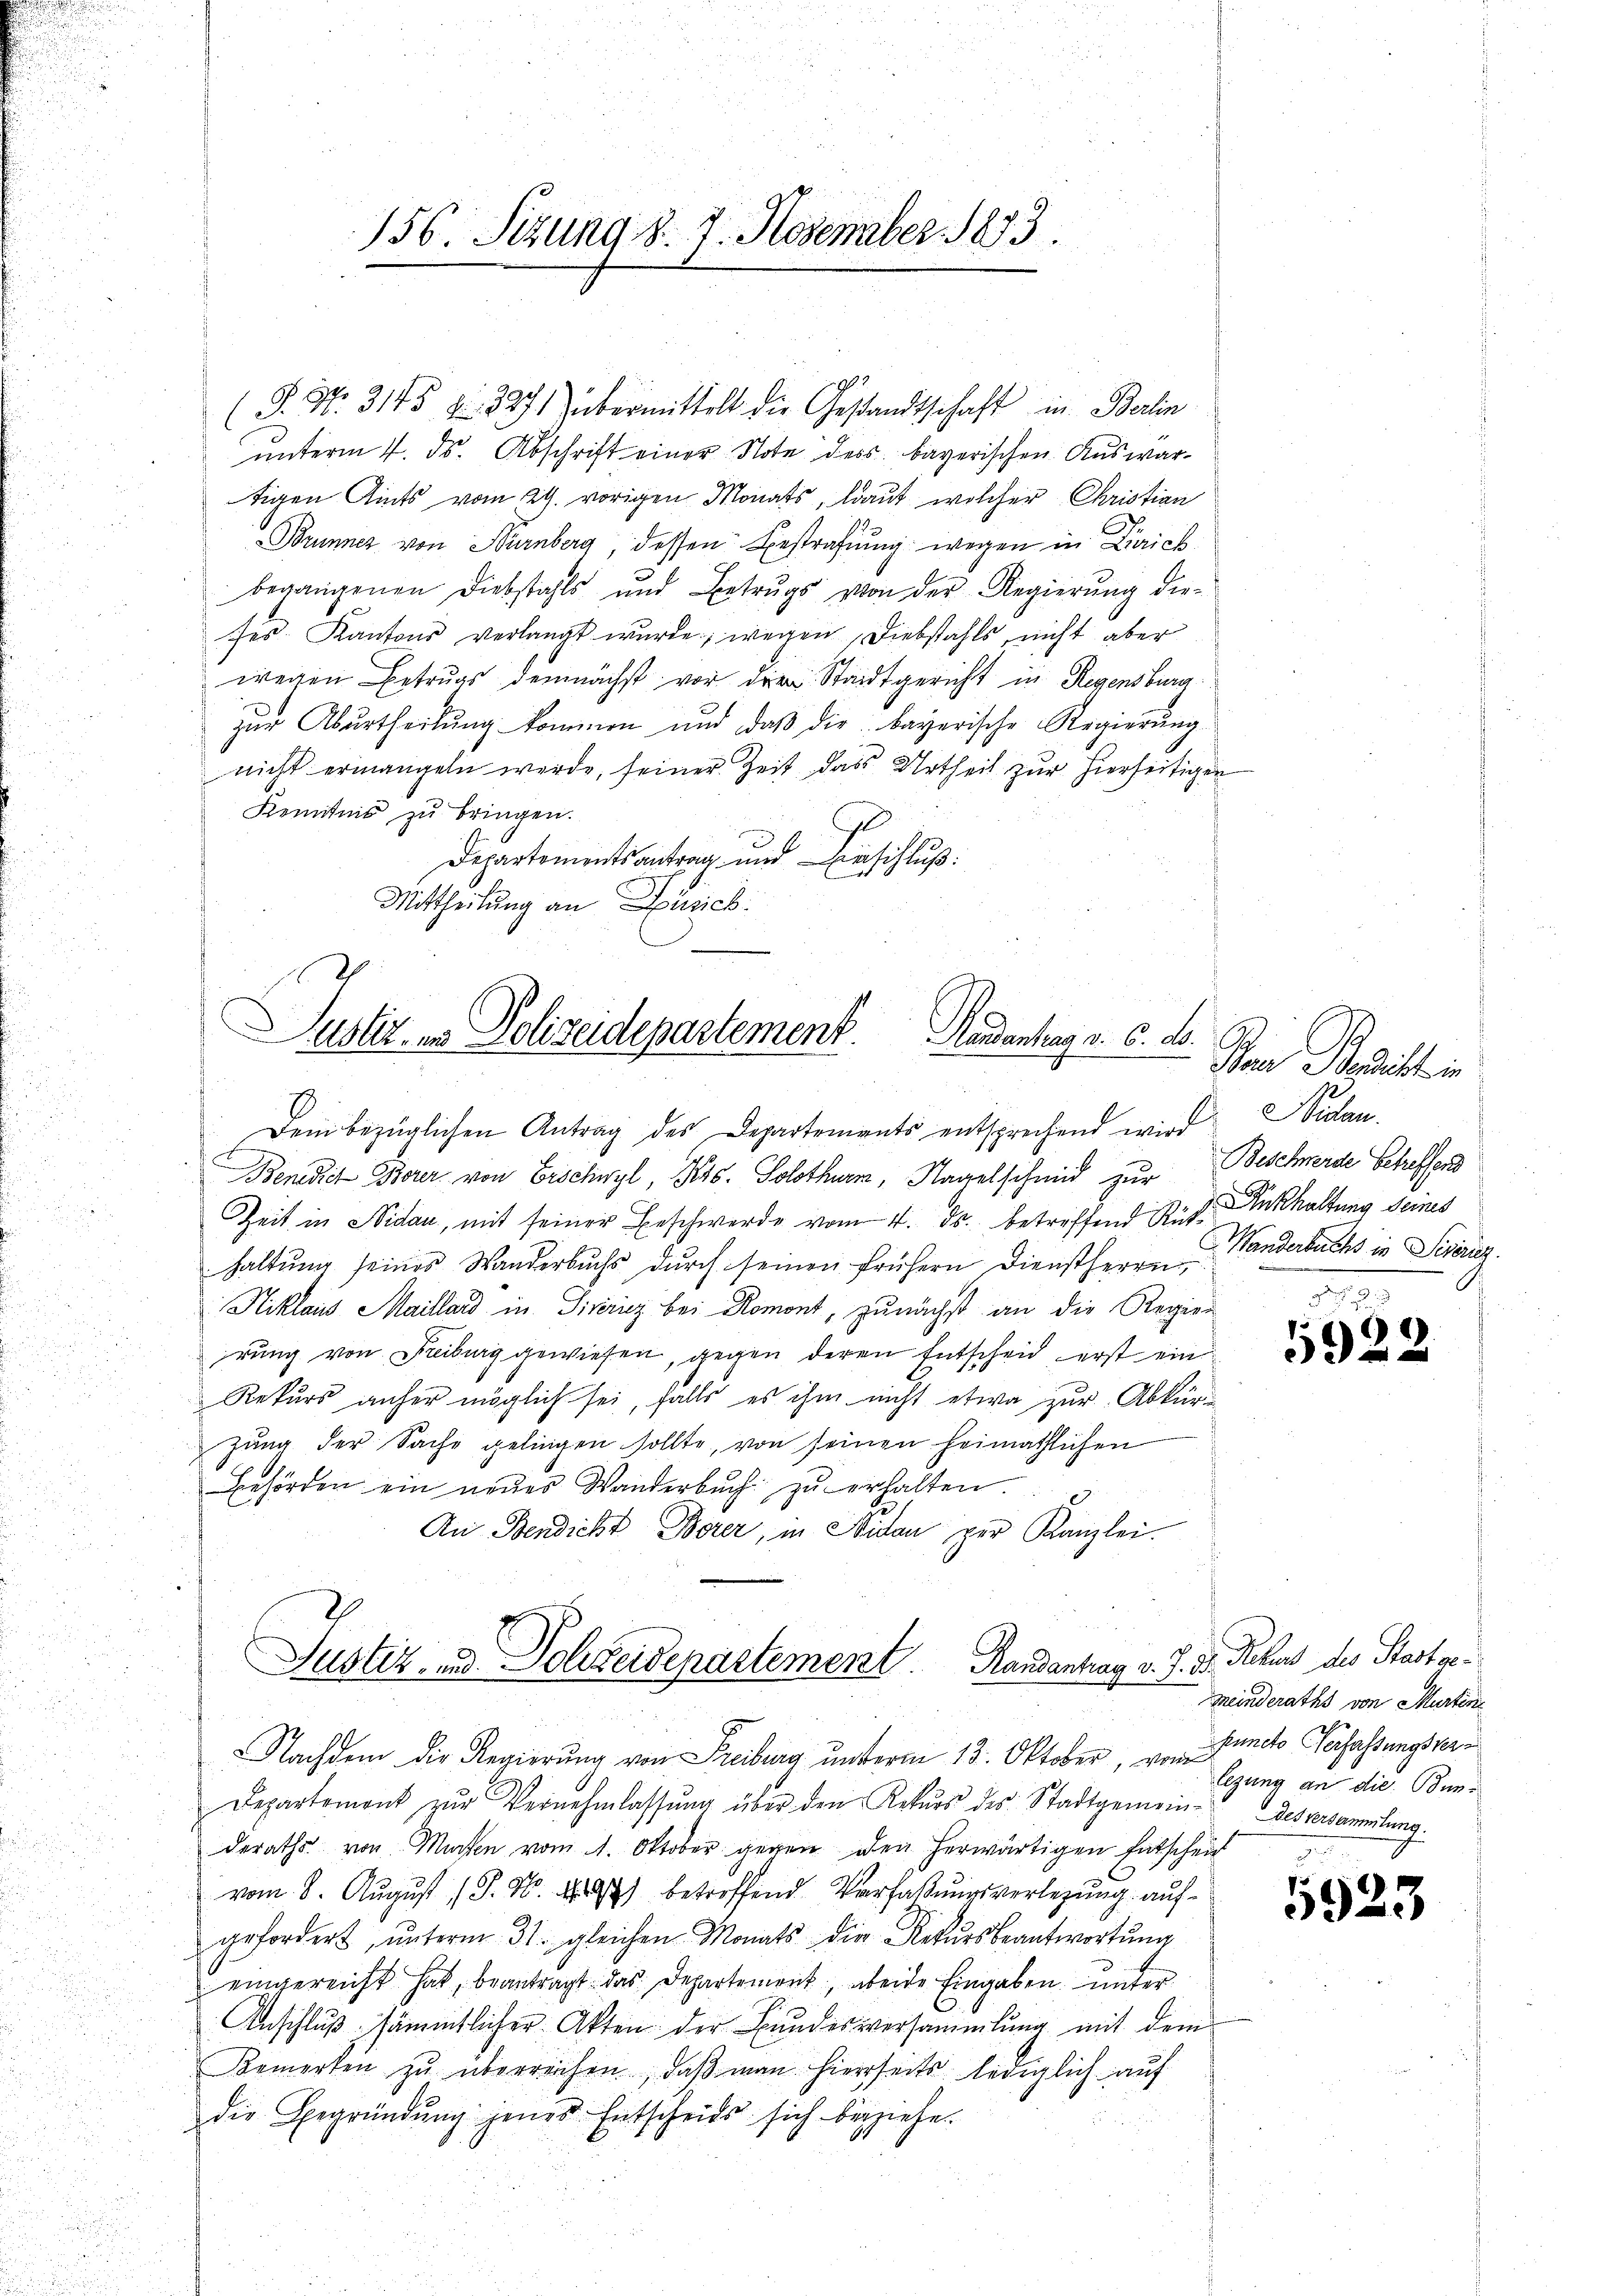
(S. Nr. 3145 f. 3271 übermittelt die Gestandtschaft in Berlin
unterm 4. ds. Abschrift einer Note dess bayerischen Auswartigen Amts vom 24. vorigen Monats, laut welcher Christian
Brunner von Nürnberg dessen Bestrafung wegen in Zürich
begangenen Diebstahls und Betrugs von der Regierŭng die-
ses. Kantons verlangt wurde, wegen Diebstahls, nicht aber
wegen Betrugs demnächst vor die Stadtgericht in Regensburg
zŭr Abŭrtheilŭng kommen und daβ die bayerische Regierŭng
nicht ermangeln werde, seiner Zeit das Urtheil zur hierseitigen
Kenntnis zu bringen.
Departementsantrag und Einschluß:
Mittheilung an Düsich:
Zeit in Nidau, mit seiner Beschwerde vom 4. ds. betreffend Rückenthaltung seines
haltung seines Wanderbuchs durch seinen frühern Dienstherrn
Niklaus Maillard in Sivéricz bei Romont, zunächst an die Regier
rung von Freiburg gewiesen, gegen deren Entscheid erst ein
Rekurs anher möglich sei, falls es ihm nicht etwa zur Abkürzung der Sache gelingen sollte, von seinen heimathlichen
Behörden ein neŭer Wanderbŭch zŭ erhalten.
An Bendicht Borer, in Nidau zur Kanzlei.
Justiz- und Schreidepartement Randantrag v. J. D. Rekurs des Stadt ge¬
Nachdem die Regierung von Freiburg unterm 13. Oktober, von Egung an die Ben¬
Departement zŭr Vernehmlassŭng über den Rekŭrs des Stadtgemeindesversammlung.
deraths von Marsen vom 1. Oktober gegen den herwärtigen Entschein
vom 8. August (T. N. 2) betreffend Verfaßungsverlegung aufgefordert, ŭnterm 31. gleichen Monats die Rekursbeantwortung
eingereicht hat, beantragt das Departemont, aberde Eingaben unter
Anschluß sämmtlicher Akten der Bundesversammlung mit dem
Bemerken zŭ überreichen, daβ man hierseits lediglich auf
die Begründung jenes Entscheits sich beziehen.

156. Sitzung d. 7. November 1873.

Justiz, in Polizeidepartement. Handantrag v. 6. d.
B

Dem bezüglichen Antrag des Departements entsprechend wird
Benedict Borer, von Erschwyl, Kts. Solothurn, Nagelschmid zur Beschwerde betreffend

Baur Bericht in
Nilen.
Wanderbuchs in Sideriz.

5922

Meinderaths von Murtin
puncto Verfassungsver¬

d
3923